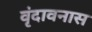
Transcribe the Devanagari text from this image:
वृंदावनास